system: You are a helpful assistant.
user:
Analyze the provided spectrum to determine if it is a **"Cataclysmic Variables (CV)"**.

- **Key Indicators for CV (Check for either state):**
    - **State 1: Quiescent / Low-State (Emission-Dominated)**
        - **(Primary):** Strong and *very broad* Hydrogen Balmer emission lines (e.g., $H\alpha$ at 6563 Å, $H\beta$ at 4861 Å). The 'broadness' (high velocity dispersion, often FWHM > 1000 km/s) is the key diagnostic, indicating a high-velocity accretion disk.
        - **(Secondary):** Broad neutral Helium (He I) emission lines (e.g., 5876 Å, 6678 Å).
        - **(Key Confirmation):** Presence of high-excitation *ionized* Helium (He II) emission at 4686 Å. This is a strong indicator of accretion onto a white dwarf.
        - **(Line Profile):** Emission lines may exhibit a 'double-peaked' profile, which is a classic signature of a rotating accretion disk viewed at high inclination.

    - **State 2: Outburst / High-State (Absorption-Dominated)**
        - **(Primary):** Spectrum is dominated by a bright, blue continuum (looks like a hot star).
        - **(Secondary):** The emission lines from State 1 are weak, absent, or 'filled in', and are replaced by broad, shallow *absorption* lines (primarily Balmer and He I).
        - **(Morphology):** The overall spectrum mimics a hot B/A-type star. The crucial difference is that the absorption lines are significantly broader, shallower, and more 'washed-out' (or 'smeared') than the sharp lines of a normal stellar photosphere, due to high rotational speeds and pressure broadening in the disk.

Think first, call **spectral_visualization_tool** if needed to examine features in detail, then provide your final answer. Your response must adhere to the following strict rules:
1.  **Overall Structure:** Your response must follow the format `<think>...</think> <tool_call>...</tool_call> (if a tool is used) <answer>...</answer>`.
2.  **Tool Usage Constraint:** You may only make **one** tool call per turn.
3.  **Final Answer Format:** In the `<answer>` tag, your conclusion must be inside a `\boxed{}` command (e.g., `\boxed{YES}`), followed by your justification.

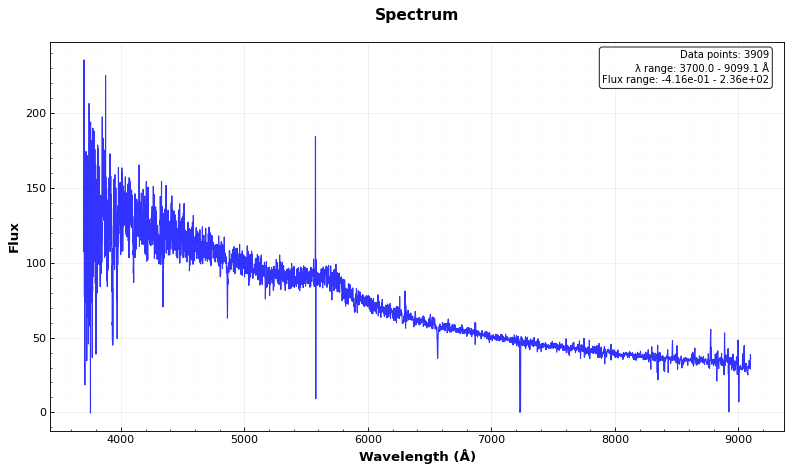
Answer: NO